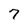
Character: 7